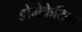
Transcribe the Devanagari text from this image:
डोमेक्रेटिक